Annual administration and progress report of the Indian Medical Department, Bombay
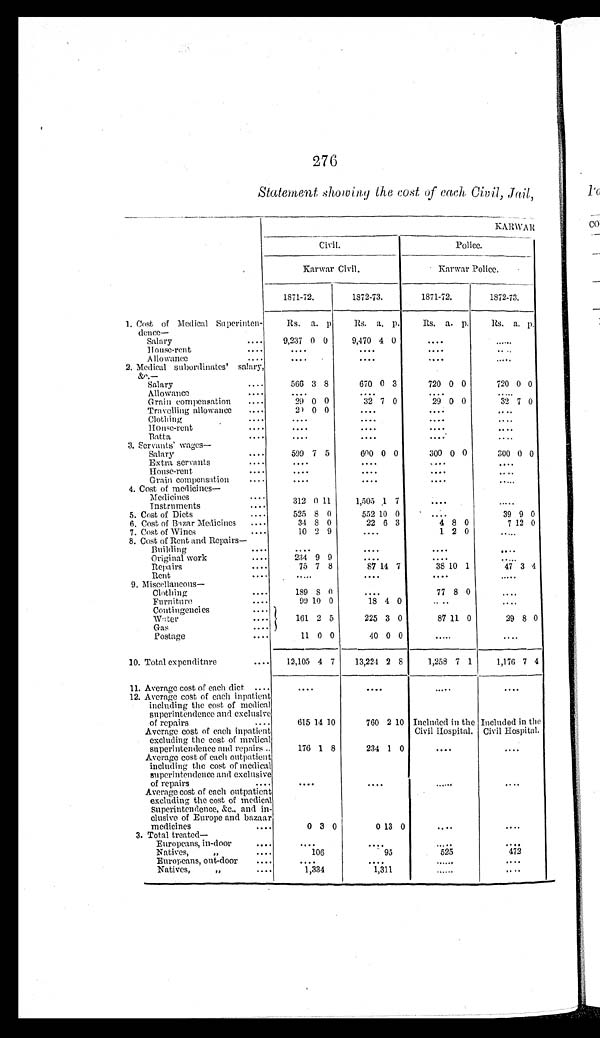
276
Statement showing the cost of each Civil, Jail,
KARWAR
Civil.
Police.
Karwar Civil.
Karwar Police.
1871-72.
1872-73.
1871-72.
1872-73.
1. Cost of Medical Superinten-
dence—
Rs. a. p Rs. a. p.
Rs. a. p. Rs. a. p.
Salary
. . . . 9,237 0 0
9,470 4 0
....
....
House-rent
. . .
....
....
....
....
Allowance ....
....
....
....
.....
2. Medical subordinates' salary,
&c.—
Salary
.. . .
566 3 8
670 0 3
720 0 0
720 0 0
Allowance
. . . .
....
....
....
....
Grain compensation ....
29 0 0
32 7 0
29 0 0
32 7 0
Travelling allowance .. ..
29 0 0
....
....
....
Clothing
....
....
....
....
....
House-rent
... .
....
....
....
....
Batta
....
....
....
.....
....
3. Servants' wages
Salary
. . .
599 7 5
600 0 0
300 0 0
300 0 0
Extra servants
....
....
....
....
....
House-rent
....
....
....
....
....
Grain compensation
....
....
....
....
....
4. Cost of medicines
Medicines
....
312 0 11 1,5051 7
....
....
Instruments
....
5. Cost of Diets
....
525 8 0
552 10 0
....
39 9 0
6. Cost of Bazar Medicines ....
34 8 0
22 6 3
4 8 0
7 12 0
7. Cost of Wines
. . .
10 2 9
....
1 2 0
....
8. Cost of Rent and Repairs
Building
...
....
....
....
....
Original work
234 9 9
....
....
....
Repairs
. . .
75 7 8
87 14 7
38 10 1
47 3 4
Rent
....
.....
....
....
.....
9. Miscellaneous
Clothing
. . .
189 8 0
....
77 8 0
....
Furniture
....
99 10 0
18 4 0
....
....
Contingencies
....
Water
....
161 2 5
225 3 0
87 11 0
29 8 0
Gas
....
Postage
.. .
11 0 0
40 0 0 ....
....
10. Total expenditure
.... 12,105 4 7
13,224 2 8
1,258 7 1
1,176 7 4
11. Average cost of each diet ....
....
....
....
....
12. Average cost of each inpatient
including the cost of medical
superintendence and exclusive
of repairs
....
615 14 10
760 2 10 Included in the
Civil Hospital.
Incl uded i n the
Civil Hospital.
Average cost of each inpatient
excluding the cost of medical
superintendence and repairs ..
Average cost of each outpatient
including the cost of medical
superintendence and exclusive
of repairs
....
176
....
1 8
234
....
1 0 ....
....
....
....
Average cost of each outpatient
excluding the cost of medical
Superintendence, &c., and in-
clusive of Europe and bazaar
medicines
....
0
3 0
0
13 0
....
....
3. Total treated—
Europeans, in-door
...
....
....
....
....
Natives,
"
. . . 106
95
525
472
Europeans, out-door ...
....
....
....
....
Natives,
" ....
1,334
1,311
....
....